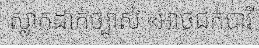
ស្លាកដាក់ច្បាស់ «អាចជក់បារី